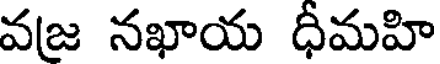
వజ నఖాయ ధీమహి